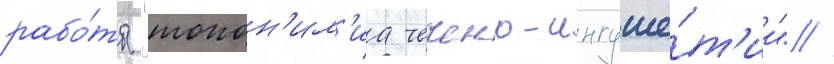
рабо́ты "топон'им'иа чечено-ингуше́т'ии" //